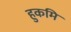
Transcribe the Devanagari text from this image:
हुकमि